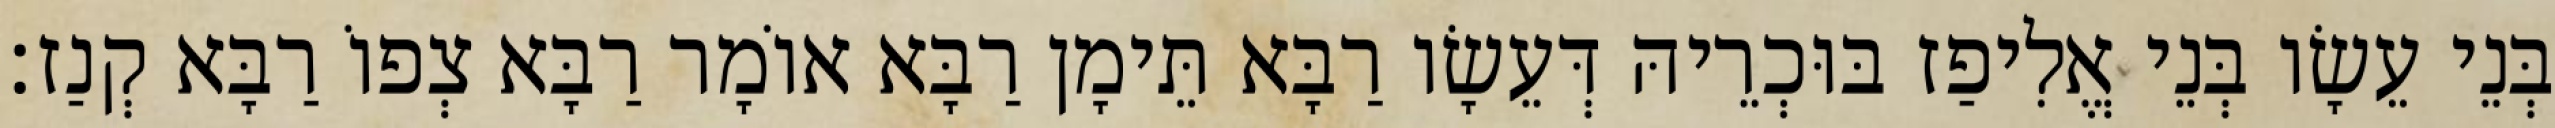
בְּנֵי עֵשָׂו בְּנֵי אֱלִיפַז בּוּכְרֵיהּ דְּעֵשָׂו רַבָּא תֵּימָן רַבָּא אוֹמָר רַבָּא צְפוֹ רַבָּא קְנַז׃